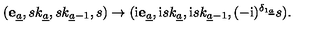
( { \bf e } _ { \underline { a } } , s k _ { \underline { a } } , s k _ { { \underline { a } } - 1 } , s ) \to ( \mathrm { i } { \bf e } _ { \underline { a } } , \mathrm { i } s k _ { \underline { a } } , \mathrm { i } s k _ { { \underline { a } } - 1 } , ( - \mathrm { i } ) ^ { \delta _ { 1 { \underline { a } } } } s ) .